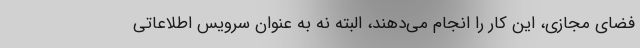
فضای مجازی، این کار را انجام می‌دهند، البته نه به عنوان سرویس اطلاعاتی